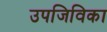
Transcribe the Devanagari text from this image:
उपजिविका